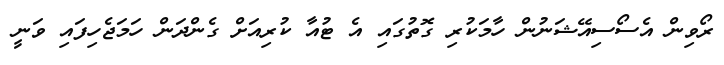
ރޯވިން އެސޯސިއޭޝަނުން ހާމަކުރި ގޮތުގައި އެ ޓުއާ ކުރިއަށް ގެންދަން ހަމަޖެހިފައި ވަނީ